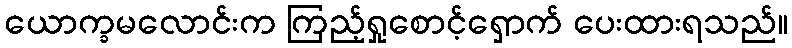
ယောက္ခမလောင်းက ကြည့်ရှုစောင့်ရှောက် ပေးထားရသည်။